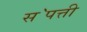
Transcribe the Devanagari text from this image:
स॓पत्ती